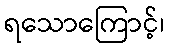
ရသောကြောင့်၊